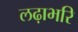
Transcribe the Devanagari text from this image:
लढ़ाभरि